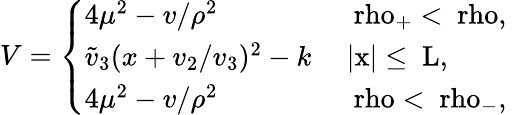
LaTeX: V=\left\{ \begin{array}{ll}{{4\mu^{2}-v/\rho^{2}}}&{{\mathrm{~\ rho_{+}<\ rho,~}}}\\ {{\tilde{v}_{3}(x+v_{2}/v_{3})^{2}-k}}&{{\mathrm{~|x|\leq~L,~}}}\\ {{4\mu^{2}-v/\rho^{2}}}&{{\mathrm{~\ rho<\ rho_{-},~}}}\end{array}\right.